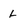
Character: H